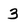
Character: 3